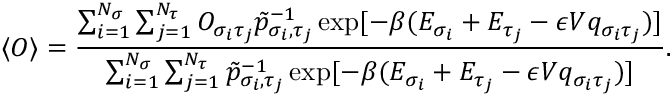
\langle O \rangle = \frac { \sum _ { i = 1 } ^ { N _ { \sigma } } \sum _ { j = 1 } ^ { N _ { \tau } } O _ { \sigma _ { i } \tau _ { j } } \tilde { p } _ { \sigma _ { i } , \tau _ { j } } ^ { - 1 } \exp [ - \beta ( E _ { \sigma _ { i } } + E _ { \tau _ { j } } - \epsilon V q _ { \sigma _ { i } \tau _ { j } } ) ] } { \sum _ { i = 1 } ^ { N _ { \sigma } } \sum _ { j = 1 } ^ { N _ { \tau } } \tilde { p } _ { \sigma _ { i } , \tau _ { j } } ^ { - 1 } \exp [ - \beta ( E _ { \sigma _ { i } } + E _ { \tau _ { j } } - \epsilon V q _ { \sigma _ { i } \tau _ { j } } ) ] } .